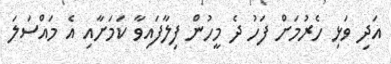
އަދި ވަޅި ހެރުމަށް ފަހު ދެ މީހުން ފިލާފައިވާ ކަމަށާއި އެ މައްސަލަ